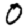
Digit: 0